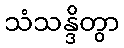
သံသန္ဒိတွာ